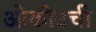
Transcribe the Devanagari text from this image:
ओकोउची